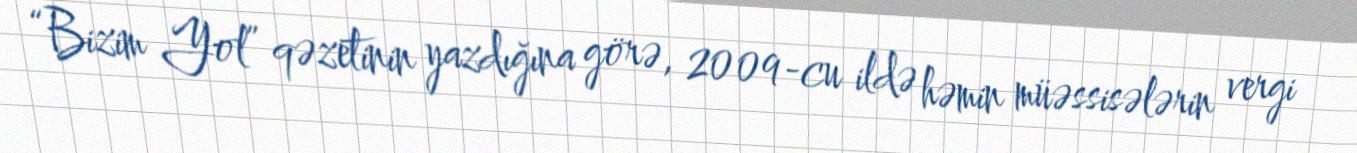
“Bizim Yol” qəzetinin yazdığına görə, 2009-cu ildə həmin müəssisələrin vergi